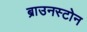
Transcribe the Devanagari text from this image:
ब्राउनस्टोन